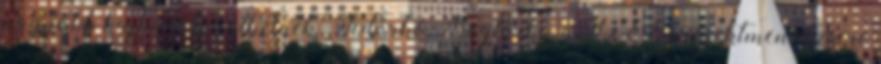
nagyobb bajba is kerülhetnek. Fedorkó Boglárka, a SzÉE projektmenedzsere